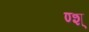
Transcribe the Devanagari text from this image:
ण्श्